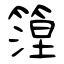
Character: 篞